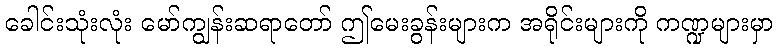
ခေါင်းသုံးလုံး မော်ကျွန်းဆရာတော် ဤမေးခွန်းများက အရိုင်းများကို ကဏ္ဍများမှာ